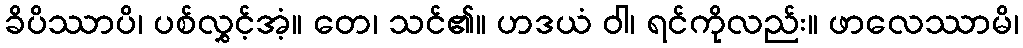
ခိပိဿာပိ၊ ပစ်လွှင့်အံ့။ တေ၊ သင်၏။ ဟဒယံ ဝါ၊ ရင်ကိုလည်း။ ဖာလေဿာမိ၊